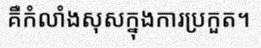
គឺកំលាំងសុសក្នុងការប្រកួត។